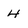
Character: 4